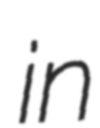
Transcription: in